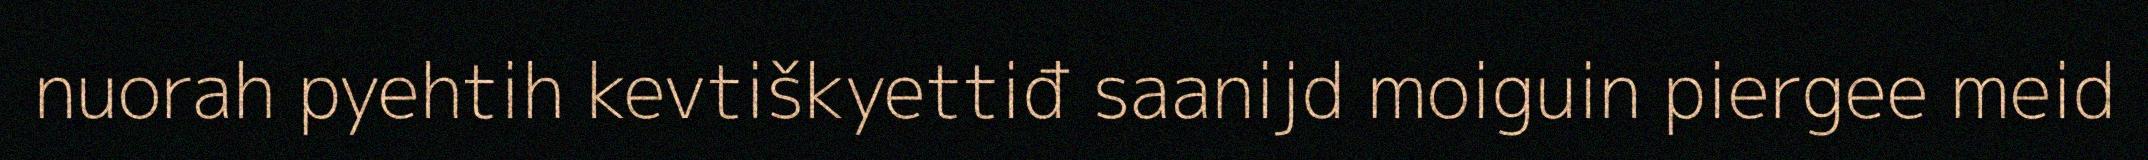
nuorah pyehtih kevtiškyettiđ saanijd moiguin piergee meid